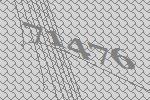
71476